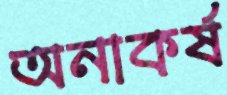
অনাকর্ষ